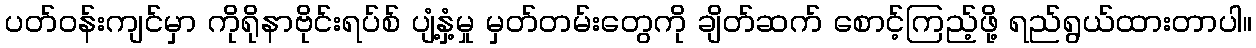
ပတ်ဝန်းကျင်မှာ ကိုရိုနာဗိုင်းရပ်စ် ပျံ့နှံ့မှု မှတ်တမ်းတွေကို ချိတ်ဆက် စောင့်ကြည့်ဖို့ ရည်ရွယ်ထားတာပါ။